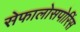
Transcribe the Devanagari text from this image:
सेफालोसपोरिंस